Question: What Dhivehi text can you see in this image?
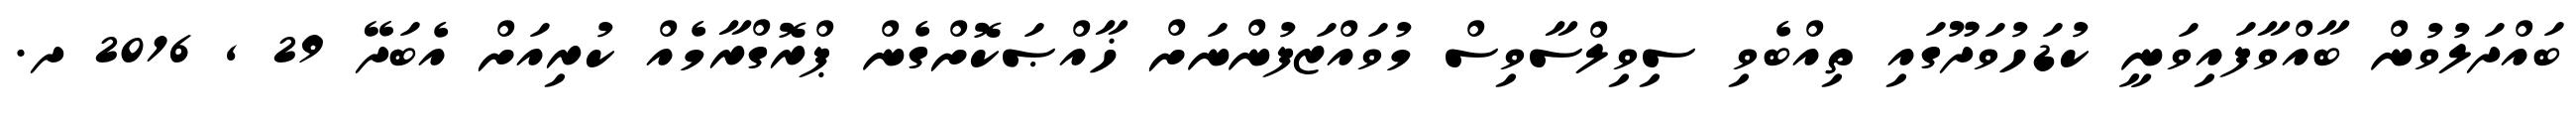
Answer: ބައްދަލުވުން ބާއްވާފައިވަނީ ކުޑަހުވަދޫގައި ތިއްބެވި ސިވިލްސާވިސް މުވައްޒަފުންނަށް ޚާއްޞަކޮށްގެން ޕްރޮގްރާމެއް ކުރިއަށް އެބަދޭ 29 , 2016 ދ.